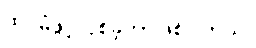
ထပ်မံဖွင့်လှစ်ခဲ့တာဖြစ်ပါတယ်။